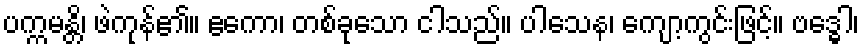
ပက္ကမန္တိ၊ ဖဲကုန်၏။ ဧကော၊ တစ်ခုသော ငါသည်။ ပါသေန၊ ကျော့ကွင်းဖြင့်။ ဗဒ္ဓေါ၊